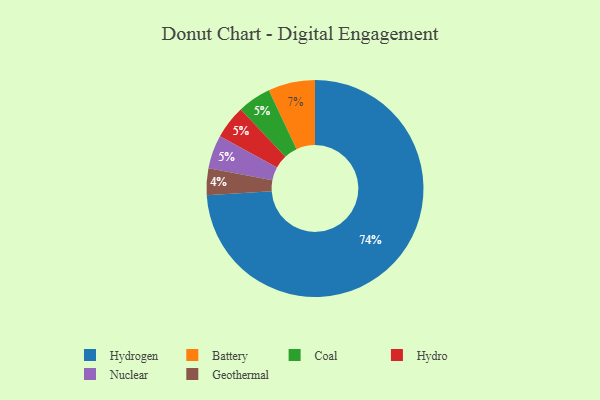
{"axis": {"x": "Category", "y": "Percentage"}, "legend": ["Battery", "Coal", "Geothermal", "Hydro", "Hydrogen", "Nuclear"], "data": [{"x": "Coal", "y": 5, "type": "Coal"}, {"x": "Geothermal", "y": 4, "type": "Geothermal"}, {"x": "Hydrogen", "y": 74, "type": "Hydrogen"}, {"x": "Hydro", "y": 5, "type": "Hydro"}, {"x": "Battery", "y": 7, "type": "Battery"}, {"x": "Nuclear", "y": 5, "type": "Nuclear"}]}